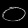
Digit: ၀